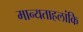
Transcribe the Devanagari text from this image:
मान्यताहलांकि